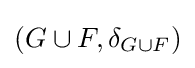
(G\cup F,\delta _{G\cup F})